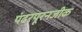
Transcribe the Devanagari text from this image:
पंढरपूरनजीक